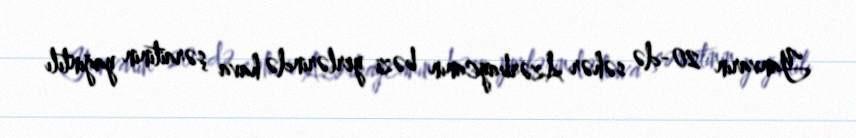
Yanvarın 20-də səhər Azərbaycanın bəzi yerlərində hava şəraitinin yağıntılı